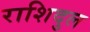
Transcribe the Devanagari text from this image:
राशिदुल